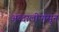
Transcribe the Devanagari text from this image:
अब्दालीपासून